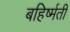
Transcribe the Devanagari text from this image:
बहिर्ष्मती